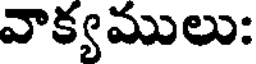
వాక్యములు: